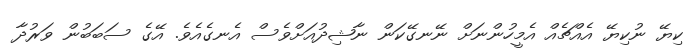
ކިޔޭ ނުކިޔޭ އެއްޗެއް އެމީހުންނަށް ނޭނގޭކަން ނާޝިދުއަށްވެސް އެނގެއެވެ. އޭގެ ސަބަބުން ވަރުދާ